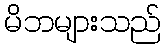
မိဘများသည်